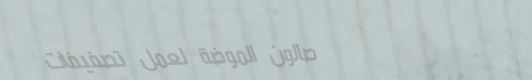
صالون الموضة لعمل تصفيفات